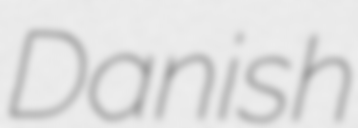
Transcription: Danish